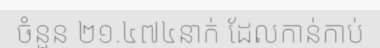
ចំនួន ២១.៤៧៤នាក់ ដែលកាន់កាប់